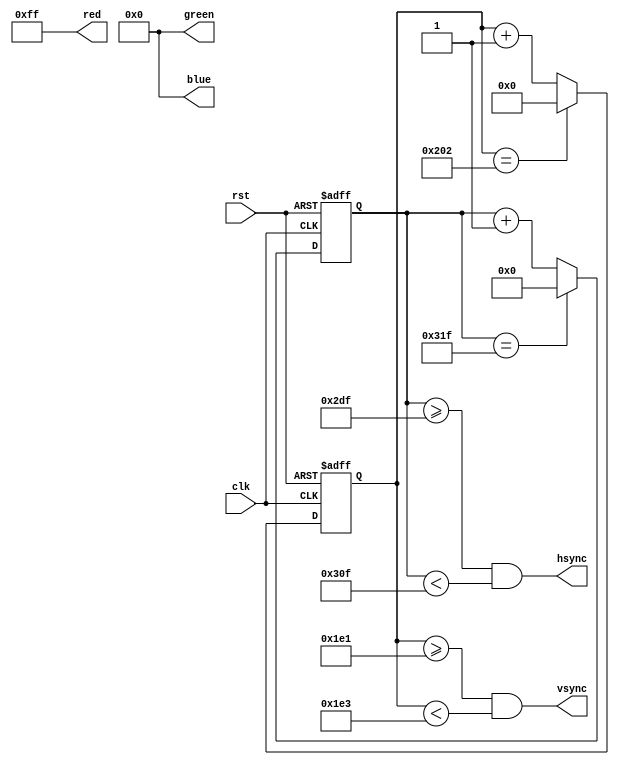
module VGA_Controller (
    input wire clk,
    input wire rst,
    output reg hsync,
    output reg vsync,
    output reg [7:0] red,
    output reg [7:0] green,
    output reg [7:0] blue
);

reg [10:0] h_counter; // Horizontal counter
reg [9:0] v_counter; // Vertical counter

// Timing parameters
parameter H_DISPLAY = 639; // Horizontal display resolution
parameter H_FRONT = 96; // Horizontal front porch
parameter H_SYNC = 48; // Horizontal sync pulse
parameter H_BACK = 16; // Horizontal back porch
parameter V_DISPLAY = 479; // Vertical display resolution
parameter V_FRONT = 2; // Vertical front porch
parameter V_SYNC = 2; // Vertical sync pulse
parameter V_BACK = 31; // Vertical back porch

// Horizontal timing generator
always @ (posedge clk or posedge rst)
begin
    if (rst)
        h_counter <= 0;
    else if (h_counter == (H_DISPLAY + H_FRONT + H_SYNC + H_BACK))
        h_counter <= 0;
    else
        h_counter <= h_counter + 1;
end

// Vertical timing generator
always @ (posedge clk or posedge rst)
begin
    if (rst)
        v_counter <= 0;
    else if (v_counter == (V_DISPLAY + V_FRONT + V_SYNC + V_BACK))
        v_counter <= 0;
    else
        v_counter <= v_counter + 1;
end

// Generate horizontal and vertical sync signals
always @ (*)
begin
    hsync = (h_counter >= (H_DISPLAY + H_FRONT)) && (h_counter < (H_DISPLAY + H_FRONT + H_SYNC));
    vsync = (v_counter >= (V_DISPLAY + V_FRONT)) && (v_counter < (V_DISPLAY + V_FRONT + V_SYNC));
end

// Pixel data generation (dummy example)
always @ (*)
begin
    red = 8'b11111111;
    green = 8'b00000000;
    blue = 8'b00000000;
end

endmodule